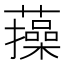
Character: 𧂈